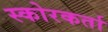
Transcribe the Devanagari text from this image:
स्कोरकर्ता